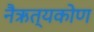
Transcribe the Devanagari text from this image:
नैऋत्यकोण